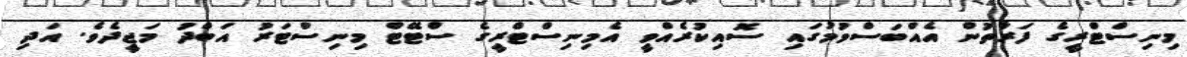
މިނިސްޓްރީގެ ފަރާތުން އެއްބަސްވުމުގައި ސޮއިކުރެއްވީ އެމިނިސްޓްރީގެ ސްޓޭޓް މިނިސްޓަރު އަބްދު މަޖީދެވެ. އަދި